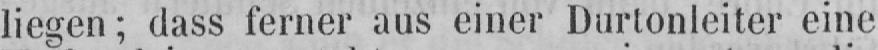
liegen; dass ferner aus einer Durtonleiter eine